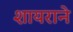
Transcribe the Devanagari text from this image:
शायराने